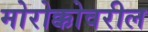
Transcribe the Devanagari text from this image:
मोरोक्कोवरील